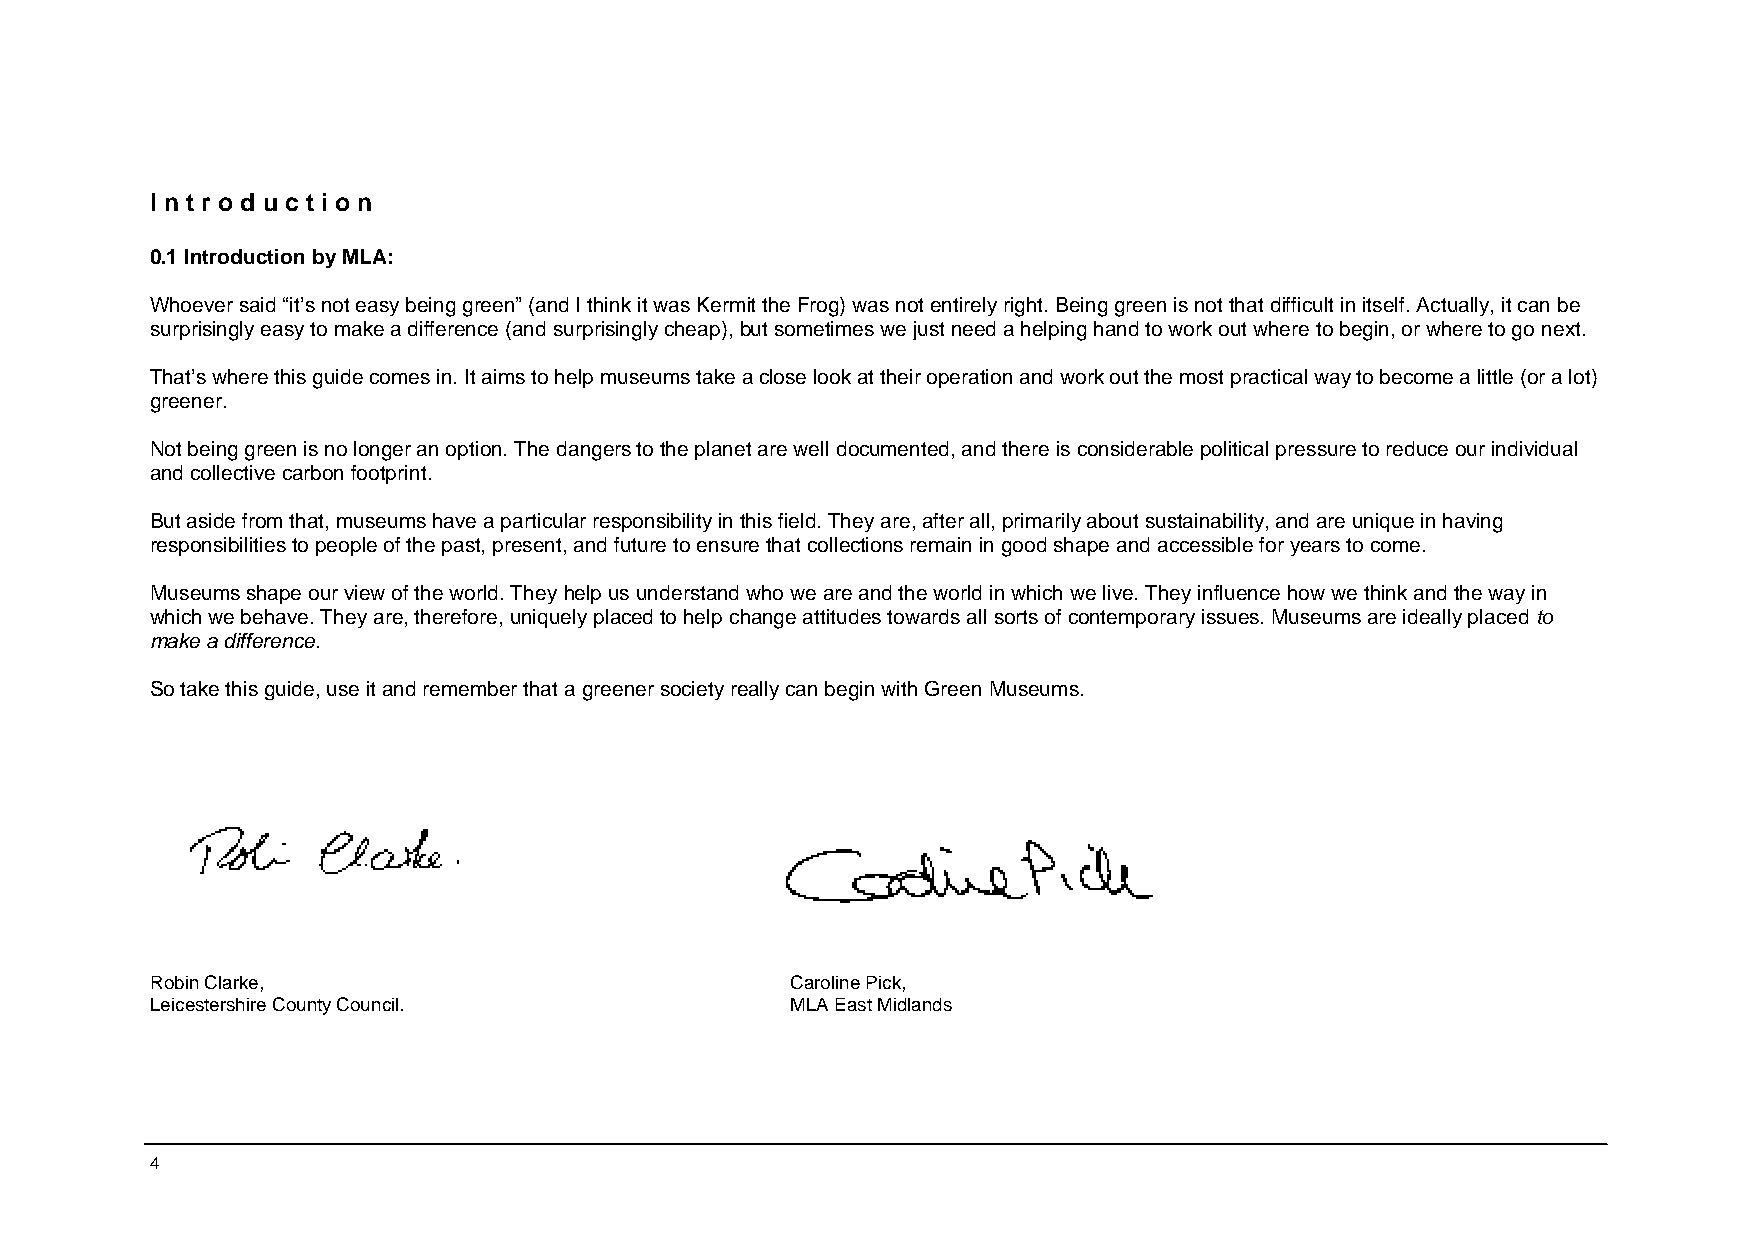
I n t r o d u c t i o n
 0.1 Introduction by MLA:
 Whoever said “it’s not easy being green” (and I think it was Kermit the Frog) was not entirely right. Being green is not that difficult in itself. Actually, it can be
 surprisingly easy to make a difference (and surprisingly cheap), but sometimes we just need a helping hand to work out where to begin, or where to go next.
 That’s where this guide comes in. It aims to help museums take a close look at their operation and work out the most practical way to become a little (or a lot)
 greener.
 Not being green is no longer an option. The dangers to the planet are well documented, and there is considerable political pressure to reduce our individual
 and collective carbon footprint.
 But aside from that, museums have a particular responsibility in this field. They are, after all, primarily about sustainability, and are unique in having
 responsibilities to people of the past, present, and future to ensure that collections remain in good shape and accessible for years to come.
 Museums shape our view of the world. They help us understand who we are and the world in which we live. They influence how we think and the way in
 which we behave. They are, therefore, uniquely placed to help change attitudes towards all sorts of contemporary issues. Museums are ideally placed to
 make a difference.
 So take this guide, use it and remember that a greener society really can begin with Green Museums.
 Robin Clarke,                             Caroline Pick,
 Leicestershire County Council.            MLA East Midlands
 4